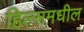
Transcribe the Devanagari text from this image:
हिल्समधील